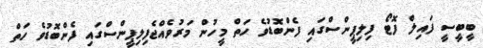
ބީބީސީ ފައިލް ފޮޓޯ ފިލިޕީންސްގައި ފެންބޮޑުވެ ހަތް މީހުން މަރުވެއްޖެފިލިޕީންސްގައި ފެންބޮޑުވެ ހަތް